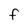
Character: F